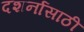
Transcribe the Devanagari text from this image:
दशर्नासाठी